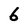
Character: 6